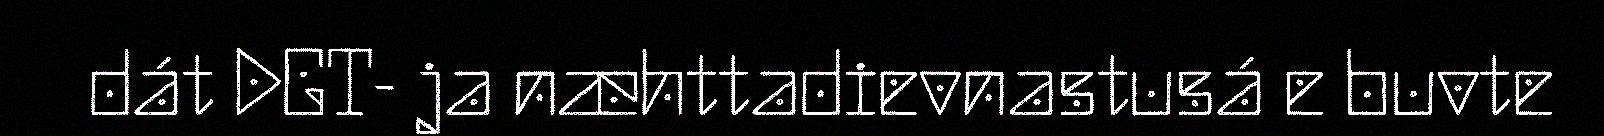
dát DGT- ja næhttadievnastusá e buvte